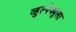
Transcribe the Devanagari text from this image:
व्हुल्पेक्युला